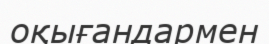
оқығандармен